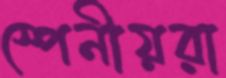
স্পেনীয়রা